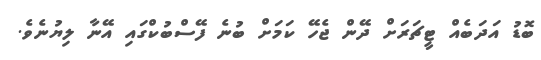
ބޮޑު އަދަބެއް ޓީޗަރަށް ދޭން ޖެހޭ ކަމަށް ބުނެ ފޭސްބުކްގައި އޭނާ ލިޔުނެވެ.